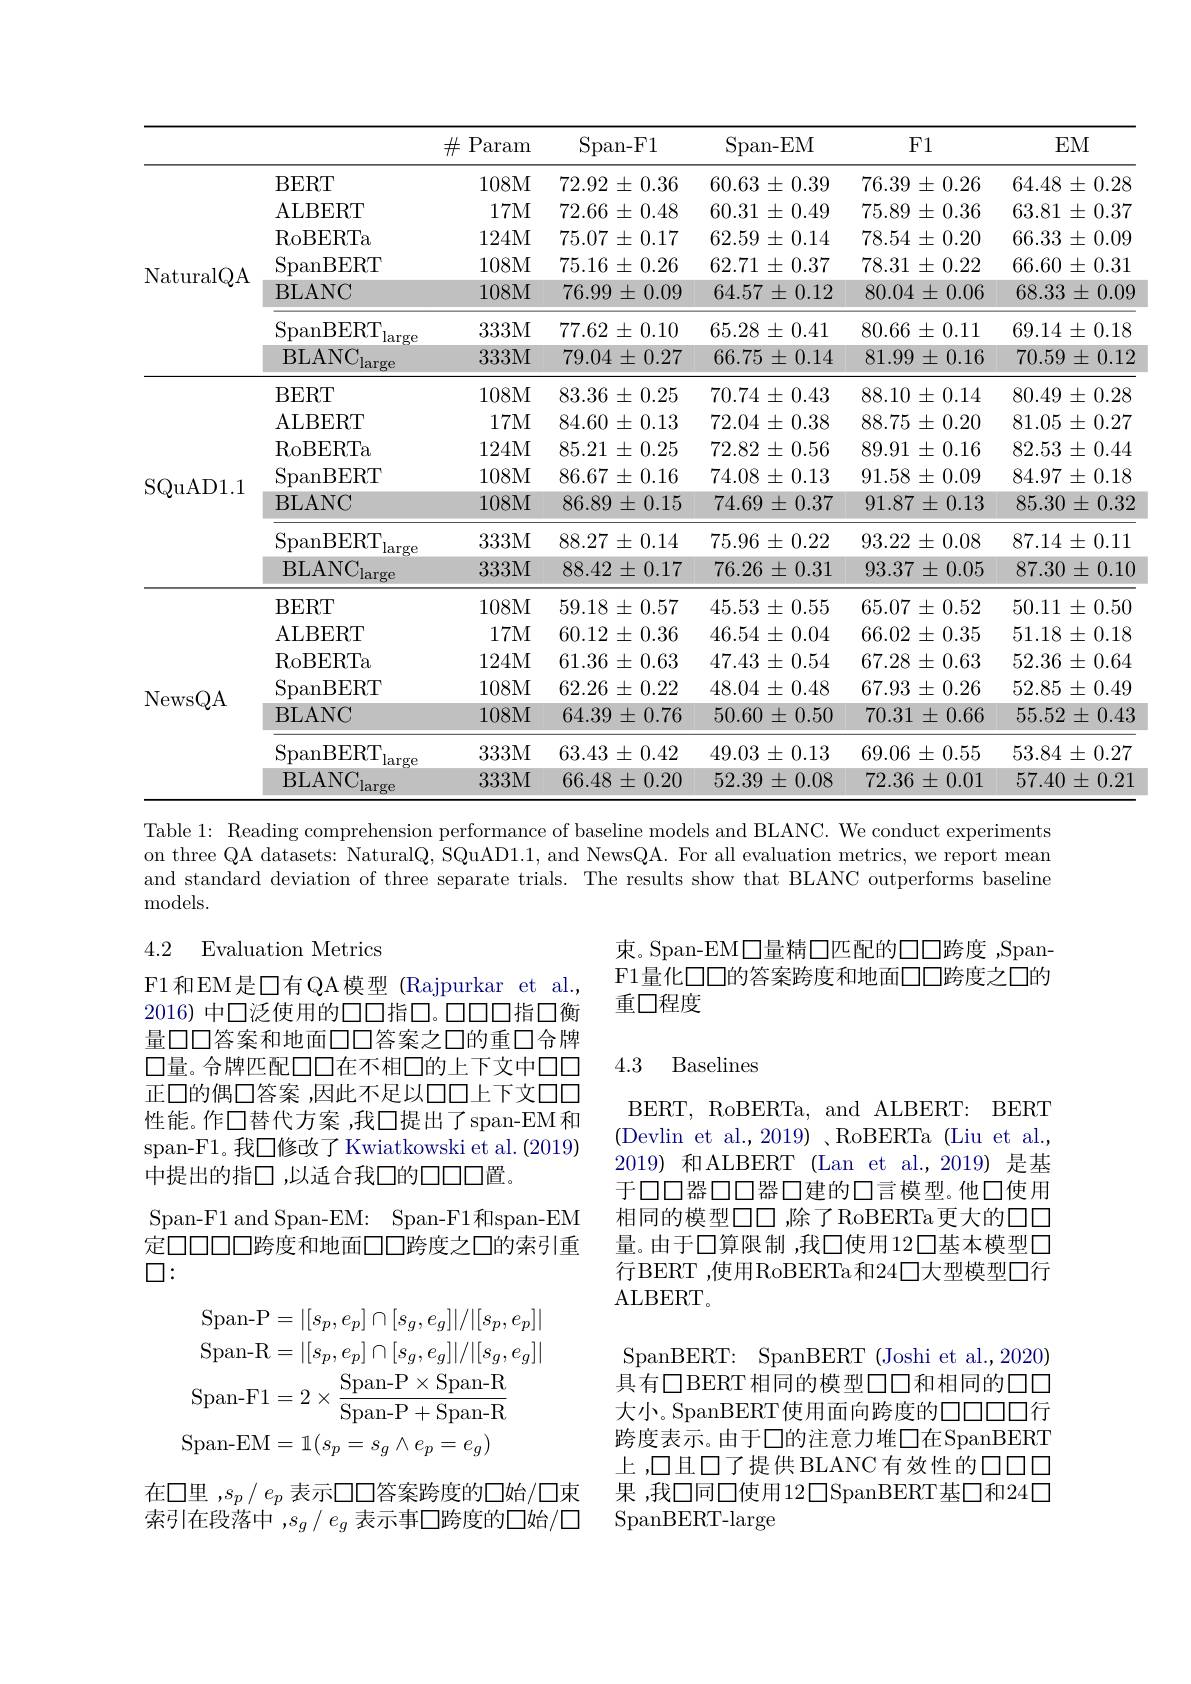
<table>
	<tbody>
		<tr>
			<th> </th>
			<th> </th>
			<th>$\#$Param</th>
			<th>$\operatorname{Span-F1}$</th>
			<th>$\operatorname{Span-EM}$</th>
			<th>F1</th>
			<th></th>
		</tr>
		<tr>
			<td rowspan="7">NaturalQA</td>
			<td>BERT</td>
			<td>108M</td>
			<td>72.92 $\pm0.36$</td>
			<td>$60.63\pm0.39$</td>
			<td>76.39 $\pm0.26$ 一</td>
			<td>$64.48\pm0.28$</td>
		</tr>
		<tr>
			<td>ALBERT</td>
			<td>17M</td>
			<td>72.66 {}{}{}{}{}{}{}{}{}{}{}{}{}{}</td>
			<td>60.31 $\pm0.49$ $a_{11}$ . </td>
			<td>75.89 $9\pm0.36$ 1</td>
			<td>$63.81\pm0.37$</td>
		</tr>
		<tr>
			<td>RoBERTa</td>
			<td>124M</td>
			<td>75.07 $\pm0.17$ </td>
			<td>$62.59\pm0.14$</td>
			<td>78.54 $\pm0.20$ 1.</td>
			<td>66.33 $3\pm0.09$ 3</td>
		</tr>
		<tr>
			<td>SpanBERT</td>
			<td>108M</td>
			<td>75.16 $5\pm0.26$</td>
			<td>62.71 $\pm0.37$ 1 $\cdot$</td>
			<td>78.31 $\pm0.22$</td>
			<td>66.60 $\pm0.31$ </td>
		</tr>
		<tr>
			<td>BLANC</td>
			<td>$108M$</td>
			<td>$76.99\pm0.09$</td>
			<td>$64.57\pm0.12$</td>
			<td>$80.04\pm0.06$</td>
			<td>$68.33\pm0.09$</td>
		</tr>
		<tr>
			<td>SpanBERT large</td>
			<td>333M</td>
			<td>77.62 $2\pm0.10$</td>
			<td>$65.28\pm0.41$</td>
			<td>80.66 $6\pm0.11$</td>
			<td>$69.14\pm0.18$</td>
		</tr>
		<tr>
			<td>$\mathrm{BLANC}_{\mathrm{large}}$</td>
			<td>333M</td>
			<td>79.04±0.27</td>
			<td>$66.75\pm0.14$</td>
			<td>$81.99\pm0.16$</td>
			<td>$70.59\pm0.12$</td>
		</tr>
		<tr>
			<td rowspan="7">SQuAD1.1</td>
			<td>BERT</td>
			<td>108M</td>
			<td>$83.36\pm0.25$</td>
			<td>$70.74\pm0.43$</td>
			<td>88.10 $)\pm0.14$</td>
			<td>80.49 $9\pm0.28$</td>
		</tr>
		<tr>
			<td>ALBERT</td>
			<td>17M</td>
			<td>84.60 $\pm0.13$</td>
			<td>$72.04\pm0.38$</td>
			<td>$88.75\pm0.20$</td>
			<td>81.05 $5\pm0.27$</td>
		</tr>
		<tr>
			<td>$\operatorname{RoBERTa}$</td>
			<td>124M</td>
			<td>85.21 $\pm0.25$</td>
			<td>$72.82\pm0.56$</td>
			<td>89.91 $\pm0.16$</td>
			<td>$82.53\pm0.44$</td>
		</tr>
		<tr>
			<td>SpanBERT</td>
			<td>108M</td>
			<td>86.67 $\pm0.16$</td>
			<td>74.08 $\pm0.13$ </td>
			<td>91.58 $\pm0.09$ 一</td>
			<td>$84.97\pm0.18$</td>
		</tr>
		<tr>
			<td>BLANC</td>
			<td>$108M$</td>
			<td>$86.89\pm0.15$</td>
			<td>$74.69\pm0.37$</td>
			<td>$91.87\pm0.13$</td>
			<td>$$85.30\pm0.32$$</td>
		</tr>
		<tr>
			<td>SpanBERT large</td>
			<td>333M</td>
			<td>$88.27\pm0.14$</td>
			<td>$75.96\pm0.22$</td>
			<td>$93.22\pm0.08$</td>
			<td>$87.14\pm0.11$</td>
		</tr>
		<tr>
			<td>$\mathrm{BLANC}_{\mathrm{large}}$</td>
			<td>333M</td>
			<td>$88.42\pm0.17$</td>
			<td>$76.26\pm0.31$</td>
			<td>$93.37\pm0.05$</td>
			<td>$87.30\pm0.10$</td>
		</tr>
		<tr>
			<td rowspan="7">NewsQA</td>
			<td>BERT</td>
			<td>108M</td>
			<td>59.18 $\pm0.57$ T</td>
			<td>$45.53\pm0.55$</td>
			<td>65.07 $\pm0.52$</td>
			<td>50.11 $\pm0.50$ 1</td>
		</tr>
		<tr>
			<td>ALBERT</td>
			<td>17M</td>
			<td>60.12 $\pm0.36$</td>
			<td>$46.54\pm0.04$</td>
			<td>66.02 $2\pm0.35$</td>
			<td>$51.18\pm0.18$</td>
		</tr>
		<tr>
			<td>$\operatorname{RoBERTa}$</td>
			<td>124M</td>
			<td>$61.36\pm0.63$</td>
			<td>$47.43\pm0.54$</td>
			<td>67.28 $8\pm0.63$</td>
			<td> $\pm0.64$ $\hat{j}\pm$ 1</td>
		</tr>
		<tr>
			<td>SpanBERT</td>
			<td>108M</td>
			<td>62.26 $\pm0.22$</td>
			<td>$48.04\pm0.48$</td>
			<td>67.93 $\pm0.26$</td>
			<td>$52.85\pm0.49$</td>
		</tr>
		<tr>
			<td>BLANC</td>
			<td>$108M$</td>
			<td>$64.39\pm0.76$</td>
			<td>$50.60\pm0.50$</td>
			<td>$70.31\pm0.66$</td>
			<td>$55.52\pm0.43$</td>
		</tr>
		<tr>
			<td>SpanBERT large</td>
			<td>333M</td>
			<td>$63.43\pm0.42$</td>
			<td>$49.03\pm0.13$</td>
			<td>69.06 $6\pm0.55$ 1</td>
			<td>$53.84\pm0.27$</td>
		</tr>
		<tr>
			<td>BLANC large</td>
			<td>$333M$</td>
			<td>$66.48\pm0.20$</td>
			<td>$52.39\pm0.08$</td>
			<td>$72.36\pm0.01$</td>
			<td>$57.40\pm0.21$</td>
		</tr>
	</tbody>
</table>
Table 1: Reading comprehension performance of baseline models and BLANC. We conduct experiments

on three QA datasets: NaturalQ, SQuAD1.1, and NewsQA. For all evaluation metrics, we report mean and standard deviation of three separate trials. The results show that BLANC outperforms baseline ${\mathrm{models.}}$

## 4.2 Evaluation Metrics

束。Span-EM口量精口匹配的口口跨度，SpanF1量化口口的答案跨度和地面口口跨度之口的重口程度

## 4.3 Baselines

F1和EM是口有QA模型 Rajpurkar et al., 2016) 中口泛使用的口口指口。口口口指口衡量口口答案和地面口口答案之口的重口合牌$\square$量。合牌匹配口口在不相口的上下文中口口正口的偶$\square$答案 ,因此不足以口口上下文口口性能。作口替代方案，我口提出了span-EM和span-F1。我口修改了 Kwiatkowski et al. (2019) 中提出的指口，以适合我口的口口口置。
Span-F1 and Span-EM: Span-F1和span-EM 定口口口口跨度和地面口口跨度之口的索引重$\square:$

BERT, RoBERTa, and ALBERT: BERT (Devlin et al.,2019) 、RoBERTa (Liu et al., 2019)和ALBERT (Lan et al.,2019) 是基于口口器口口器口建的口言模型。他口使用相同的模型口口，除了RoBERTa更大的口口量。由于口算限制 ,我口使用12口基本模型口行BERT ,使用RoBERTa和24口大型模型口行ALBERT。

SpanBERT: SpanBERT (Joshi et al.,2020) 具有口BERT相同的模型口口和相同的口口大小。SpanBERT使用面向跨度的口口口口行跨度表示。由于口的注意力堆口在SpanBERT 上，口且口了提供 BLANC 有效性的口口口果 ,我口同口使用12$\square$SpanBERT基口和24口SpanBERT-large
$$\mathrm{Span-P}=|[s_{p},e_{p}]\cap[s_{g},e_{g}]|/|[s_{p},e_{p}]|\\\mathrm{Span-R}=|[s_{p},e_{p}]\cap[s_{g},e_{g}]|/|[s_{g},e_{g}]|\\\mathrm{Span-F}1=2\times\frac{\mathrm{Span-P}\times\mathrm{Span-R}}{\mathrm{Span-P}+\mathrm{Span-R}}\\\mathrm{Span-EM}=1(s_{p}=s_{g}\wedge e_{p}=e_{g})$$
在口里$,s_p/e_p$表示口口答案跨度的口始/口束索引在段落中$,s_g/e_g$表示事口跨度的口始/口